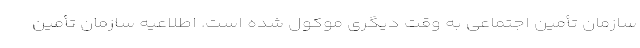
سازمان تأمین اجتماعی به وقت دیگری موکول شده است. اطلاعیه سازمان تأمین